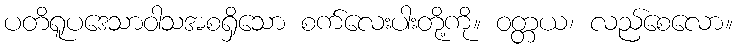
ပတိရူပဒေသာဝါသအစရှိသော စက်လေးပါးတို့ကို။ ဝတ္တယ၊ လည်စေလော။